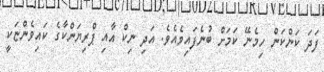
ފަދަ ކަންކަން ހިމެނޭ ކަމަށް ބުނެފައިވެއެވެ. އަދި ނިކް އާއި ޕްރިޔަންކާގެ ކައިވެންޏަކީ